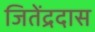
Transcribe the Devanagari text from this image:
जितेंद्रदास